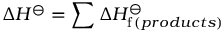
\Delta H ^ { \ominus } = \sum \Delta H _ { \mathrm { f } \, ( p r o d u c t s ) } ^ { \ominus }